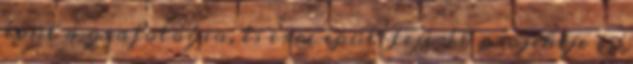
épül a grafológia, és erre épül Fejérék projektje is: